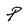
Character: P